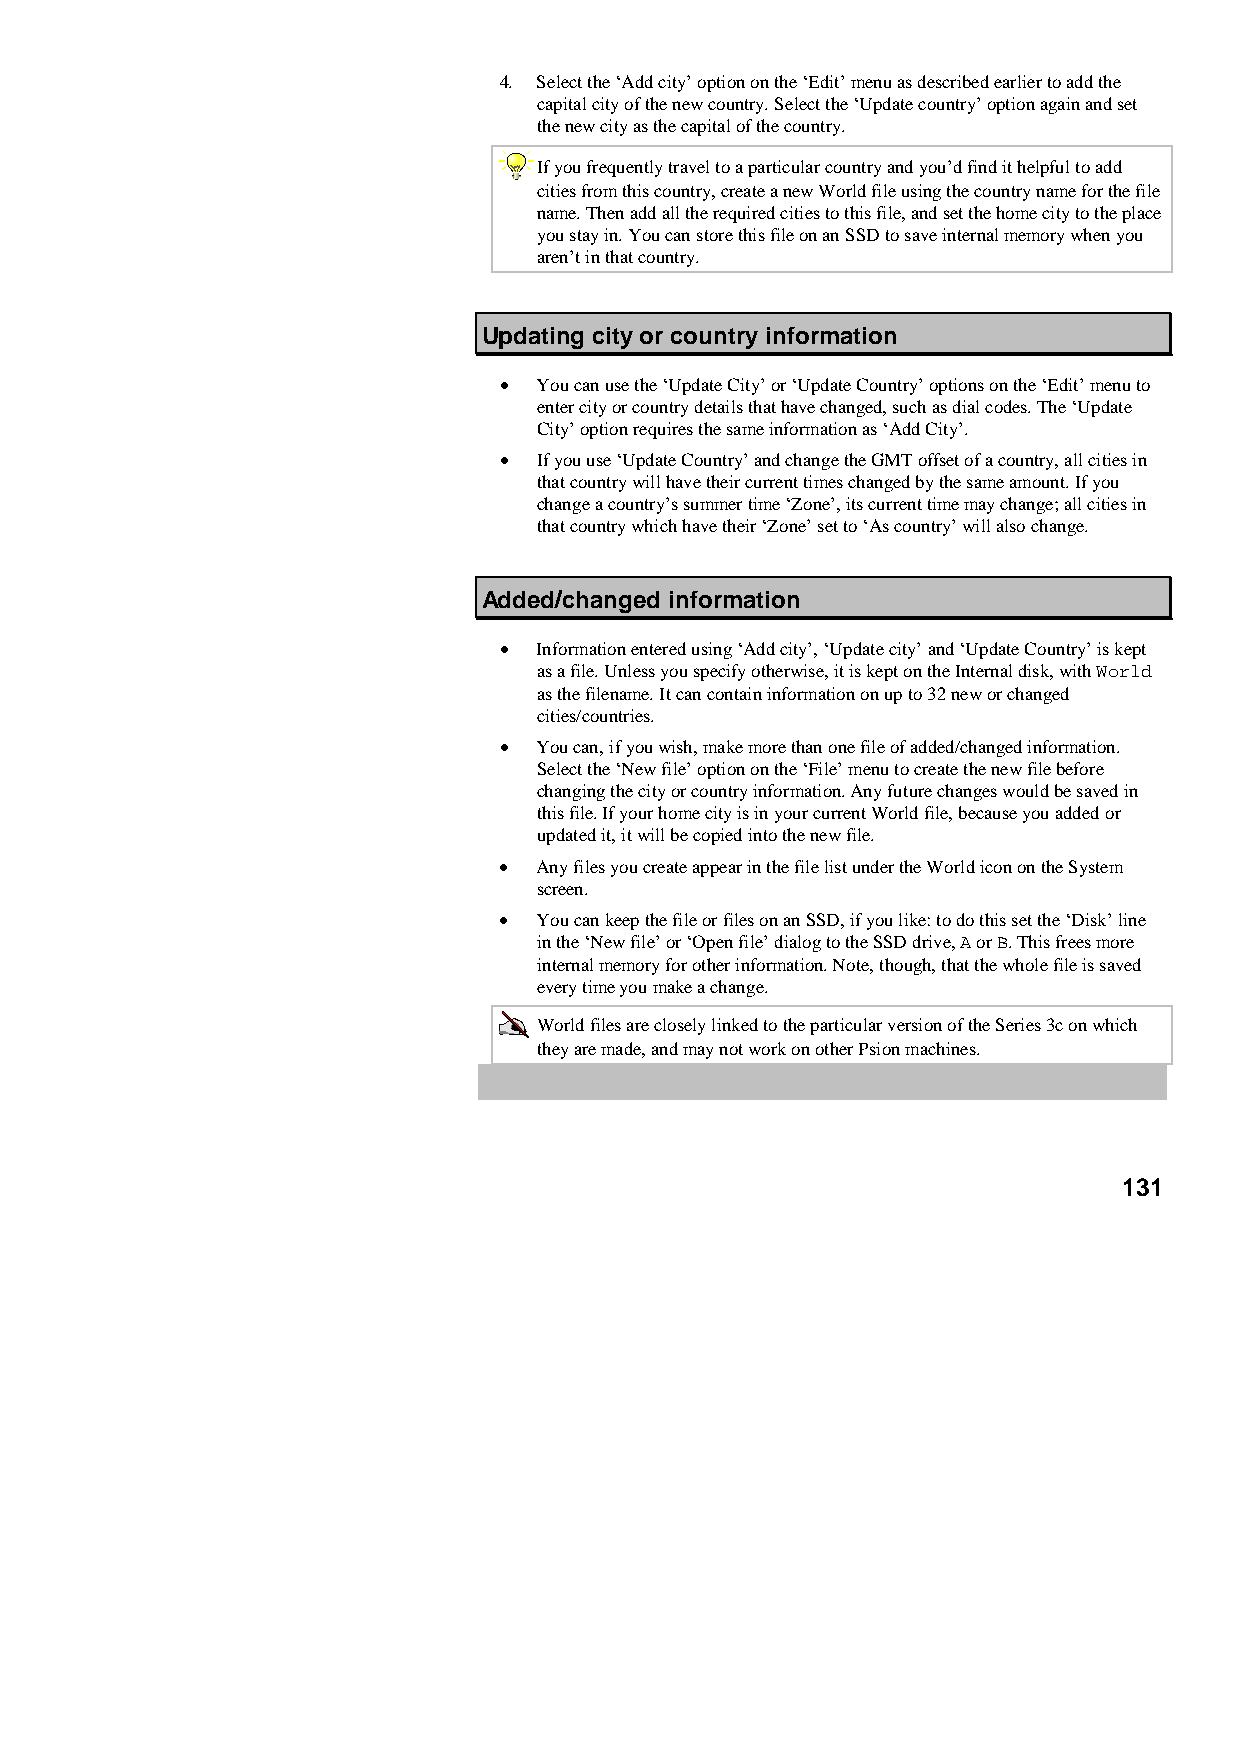
4. Select the ‘Add city’ option on the ‘Edit’ menu as described earlier to add the
 capital city of the new country. Select the ‘Update country’ option again and set
 the new city as the capital of the country.
 If you frequently travel to a particular country and you’d find it helpful to add
 cities from this country, create a new World file using the country name for the file
 name. Then add all the required cities to this file, and set the home city to the place
 you stay in. You can store this file on an SSD to save internal memory when you
 aren’t in that country.
 Updating city or country information
 •  You can use the ‘Update City’ or ‘Update Country’ options on the ‘Edit’ menu to
 enter city or country details that have changed, such as dial codes. The ‘Update
 City’ option requires the same information as ‘Add City’.
 •  If you use ‘Update Country’ and change the GMT offset of a country, all cities in
 that country will have their current times changed by the same amount. If you
 change a country’s summer time ‘Zone’, its current time may change; all cities in
 that country which have their ‘Zone’ set to ‘As country’ will also change.
 Added/changed information
 •  Information entered using ‘Add city’, ‘Update city’ and ‘Update Country’ is kept
 as a file. Unless you specify otherwise, it is kept on the Internal disk, with World
 as the filename. It can contain information on up to 32 new or changed
 cities/countries.
 •  You can, if you wish, make more than one file of added/changed information.
 Select the ‘New file’ option on the ‘File’ menu to create the new file before
 changing the city or country information. Any future changes would be saved in
 this file. If your home city is in your current World file, because you added or
 updated it, it will be copied into the new file.
 •  Any files you create appear in the file list under the World icon on the System
 screen.
 •  You can keep the file or files on an SSD, if you like: to do this set the ‘Disk’ line
 in the ‘New file’ or ‘Open file’ dialog to the SSD drive, A or B. This frees more
 internal memory for other information. Note, though, that the whole file is saved
 every time you make a change.
 World files are closely linked to the particular version of the Series 3c on which
 they are made, and may not work on other Psion machines.
 131